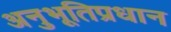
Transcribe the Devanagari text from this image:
अनुभूतिप्रधान